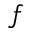
f